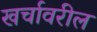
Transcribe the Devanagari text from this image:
खर्चावरील